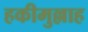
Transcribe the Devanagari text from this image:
हकीमुल्लाह